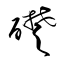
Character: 礎